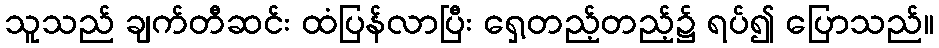
သူသည် ချက်တီဆင်း ထံပြန်လာပြီး ရှေ့တည့်တည့်၌ ရပ်၍ ပြောသည်။